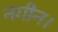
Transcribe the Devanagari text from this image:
नगीन।